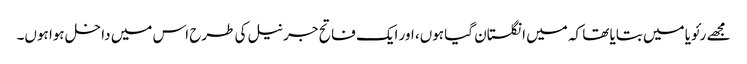
مجھے رئویا میں بتایا تھا کہ میں انگلستان گیا ہوں، اور ایک فاتح جرنیل کی طرح اس میں داخل ہوا ہوں۔